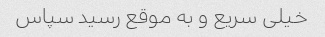
خیلی سریع و به موقع رسید سپاس